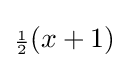
{\scriptstyle {\frac {1}{2}}}(x+1)